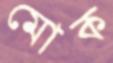
মোক